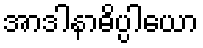
အာဒါနာဓိပ္ပါယော